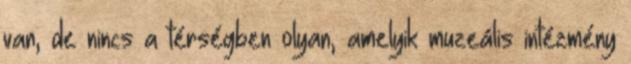
van, de nincs a térségben olyan, amelyik muzeális intézmény